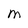
Character: M